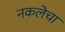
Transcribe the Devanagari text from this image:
नकलेचा